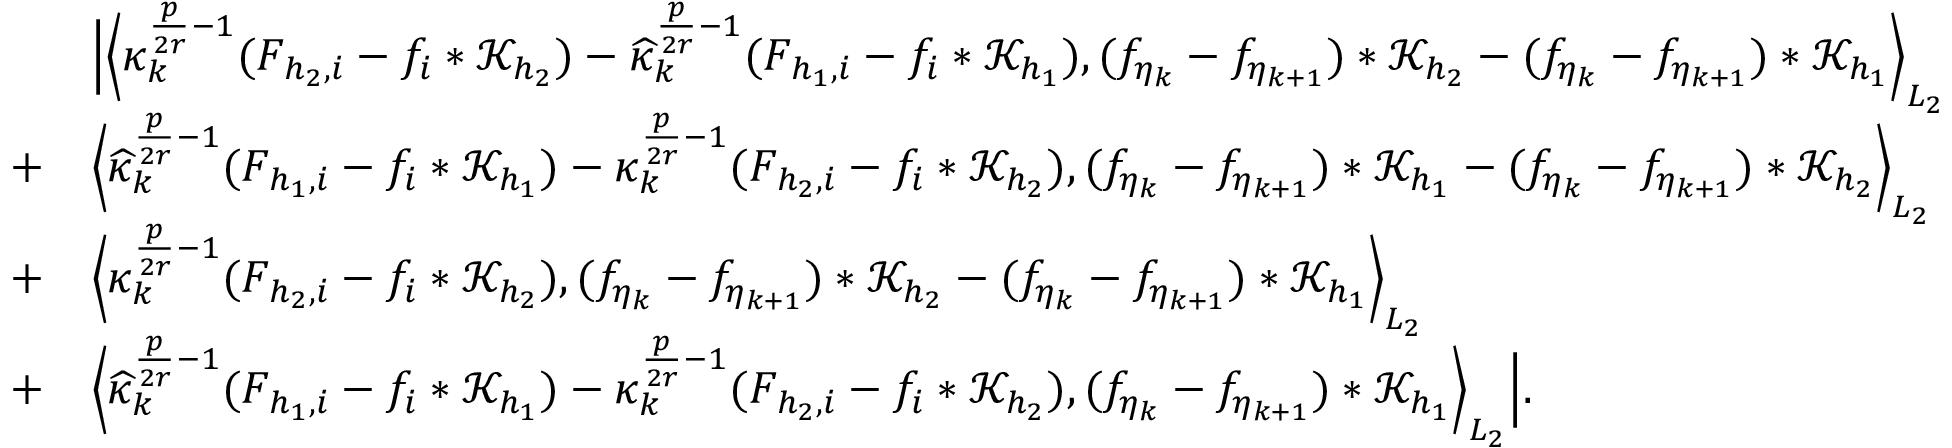
\begin{array} { r l } & { \Big | \Big \langle \kappa _ { k } ^ { \frac { p } { 2 r } - 1 } ( F _ { { h _ { 2 } } , i } - f _ { i } * \mathcal { K } _ { h _ { 2 } } ) - \widehat { \kappa } _ { k } ^ { \frac { p } { 2 r } - 1 } ( F _ { { h _ { 1 } } , i } - f _ { i } * \mathcal { K } _ { h _ { 1 } } ) , ( f _ { \eta _ { k } } - f _ { \eta _ { k + 1 } } ) * \mathcal { K } _ { h _ { 2 } } - ( f _ { \eta _ { k } } - f _ { \eta _ { k + 1 } } ) * \mathcal { K } _ { h _ { 1 } } \Big \rangle _ { L _ { 2 } } } \\ { + } & { \Big \langle \widehat { \kappa } _ { k } ^ { \frac { p } { 2 r } - 1 } ( F _ { { h _ { 1 } } , i } - f _ { i } * \mathcal { K } _ { h _ { 1 } } ) - \kappa _ { k } ^ { \frac { p } { 2 r } - 1 } ( F _ { { h _ { 2 } } , i } - f _ { i } * \mathcal { K } _ { h _ { 2 } } ) , ( f _ { \eta _ { k } } - f _ { \eta _ { k + 1 } } ) * \mathcal { K } _ { h _ { 1 } } - ( f _ { \eta _ { k } } - f _ { \eta _ { k + 1 } } ) * \mathcal { K } _ { h _ { 2 } } \Big \rangle _ { L _ { 2 } } } \\ { + } & { \Big \langle \kappa _ { k } ^ { \frac { p } { 2 r } - 1 } ( F _ { { h _ { 2 } } , i } - f _ { i } * \mathcal { K } _ { h _ { 2 } } ) , ( f _ { \eta _ { k } } - f _ { \eta _ { k + 1 } } ) * \mathcal { K } _ { h _ { 2 } } - ( f _ { \eta _ { k } } - f _ { \eta _ { k + 1 } } ) * \mathcal { K } _ { h _ { 1 } } \Big \rangle _ { L _ { 2 } } } \\ { + } & { \Big \langle \widehat { \kappa } _ { k } ^ { \frac { p } { 2 r } - 1 } ( F _ { { h _ { 1 } } , i } - f _ { i } * \mathcal { K } _ { h _ { 1 } } ) - \kappa _ { k } ^ { \frac { p } { 2 r } - 1 } ( F _ { { h _ { 2 } } , i } - f _ { i } * \mathcal { K } _ { h _ { 2 } } ) , ( f _ { \eta _ { k } } - f _ { \eta _ { k + 1 } } ) * \mathcal { K } _ { h _ { 1 } } \Big \rangle _ { L _ { 2 } } \Big | . } \end{array}